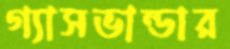
গ্যাসভান্ডার